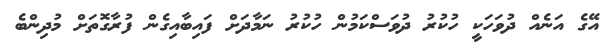
އޭގެ އަނެއް ދުވަހަކީ ހުކުރު ދުވަސްކަމުން ހުކުރު ނަމާދަށް ފައިބާއިގެން ފުރާގޮތަށް މުދިންބެ